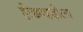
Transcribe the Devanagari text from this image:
होक्काइदोला